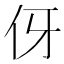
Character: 伢